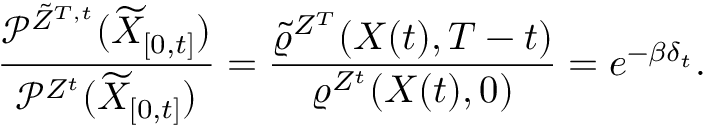
\frac { \mathcal { P } ^ { \tilde { Z } ^ { T , t } } ( \widetilde { X } _ { [ 0 , t ] } ) } { \mathcal { P } ^ { Z ^ { t } } ( \widetilde { X } _ { [ 0 , t ] } ) } = \frac { \tilde { \varrho } ^ { Z ^ { T } } ( X ( t ) , T - t ) } { \varrho ^ { Z ^ { t } } ( X ( t ) , 0 ) } = e ^ { - \beta \delta _ { t } } .